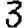
Digit: 3